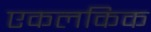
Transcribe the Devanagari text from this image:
एकलकिक